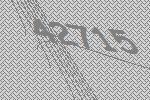
42715